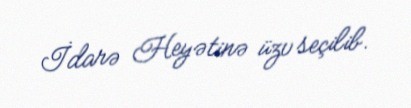
İdarə Heyətinə üzv seçilib.